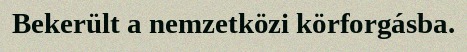
Bekerült a nemzetközi körforgásba.